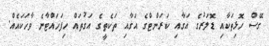
ގޭސް ހޮޅިތަކާއި ޑޮލަރުގެ އަގާއި ކަރަންޓްގެ އަގާއި ތަކެތީގެ އަގުތައް ހިފަހައްޓާނެ ވާހަކައެއް.